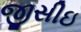
જીસીઇ